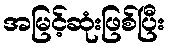
အမြင့်ဆုံးဖြစ်ပြီး